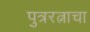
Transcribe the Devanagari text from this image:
पुत्ररत्नाचा